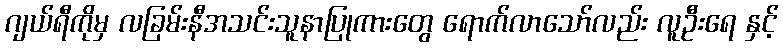
ဂျယ်ရီကိုမှ လခြမ်းနီအသင်းသူနာပြုကားတွေ ရောက်လာသော်လည်း လူဦးရေ နှင့်